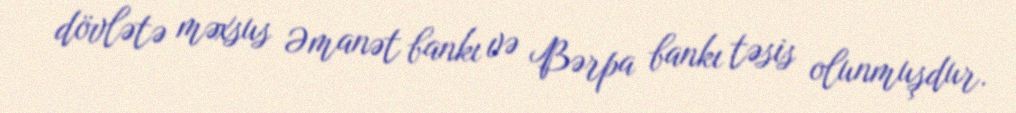
dövlətə məxsus Əmanət bankı və Bərpa bankı təsis olunmuşdur.